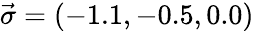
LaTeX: \vec{\sigma}=(-1.1,-0.5,0.0)